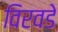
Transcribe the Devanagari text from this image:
विरवडे